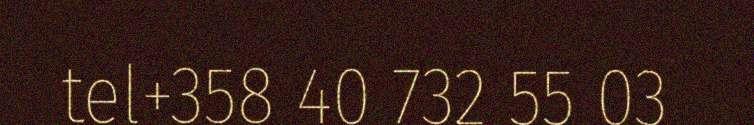
tel+358 40 732 55 03